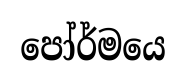
පෝර්මයෙ